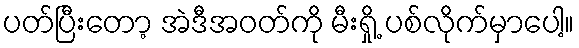
ပတ်ပြီးတော့ အဲဒီအဝတ်ကို မီးရှို့ ပစ်လိုက်မှာပေါ့။